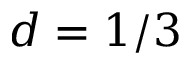
d = 1 / 3